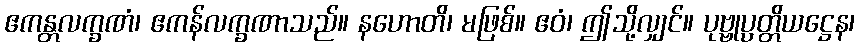
ဧကန္တလက္ခဏံ၊ ဧကန်လက္ခဏာသည်။ နဟောတိ၊ မဖြစ်။ ဧဝံ၊ ဤသို့လျှင်။ ပုဗ္ဗုပ္ပတ္တိယဋ္ဌေန၊